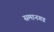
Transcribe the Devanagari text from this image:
समानगड